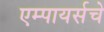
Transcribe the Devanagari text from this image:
एम्पायर्सचे